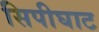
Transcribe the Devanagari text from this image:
सिपीघाट